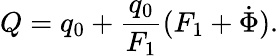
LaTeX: Q=q_{0}+\frac{q_{0}}{F_{1}}(F_{1}+\dot{\Phi}).